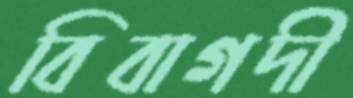
বিবাগদী